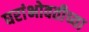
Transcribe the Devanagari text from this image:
घरांभोवतीच्या